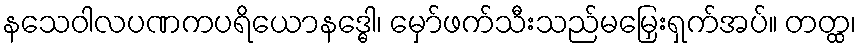
နသေဝါလပဏကပရိယောနဒ္ဓေါ၊ မှော်ဖက်သီးသည်မမြှေးရှက်အပ်။ တတ္ထ၊